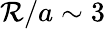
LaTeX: \mathcal{R}/a\sim3